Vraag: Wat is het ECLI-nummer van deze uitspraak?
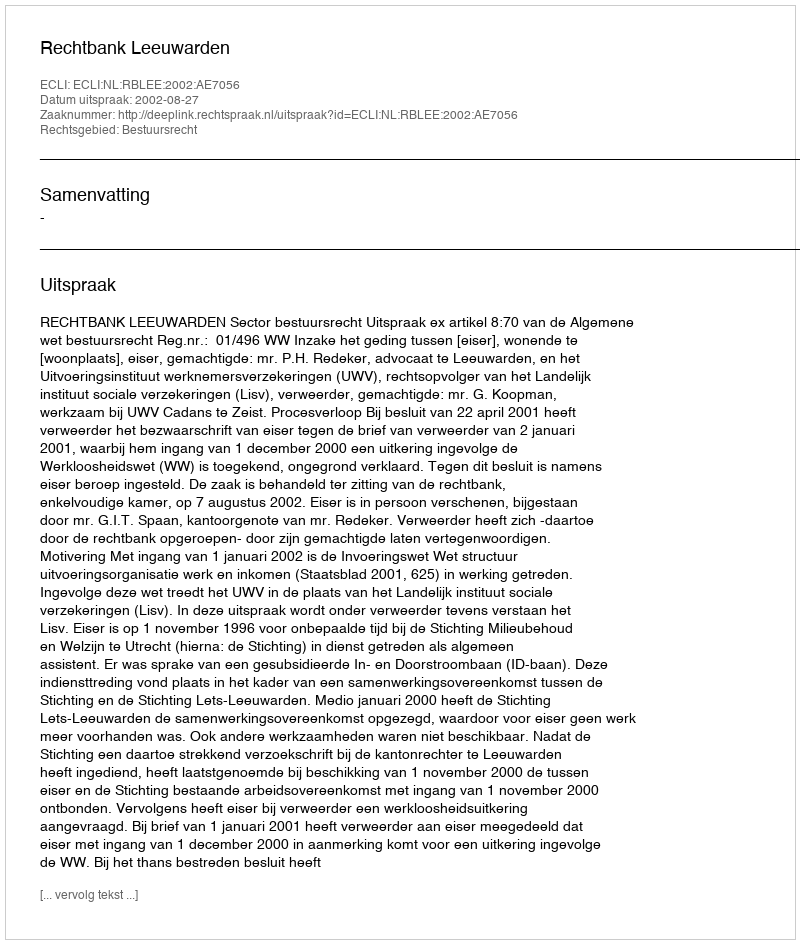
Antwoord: ECLI:NL:RBLEE:2002:AE7056